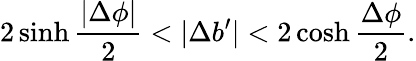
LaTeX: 2\sinh{\frac{|\Delta\phi|}{2}}<|\Delta b^{\prime}|<2\cosh{\frac{\Delta\phi}{2}}.